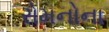
રોમનોના